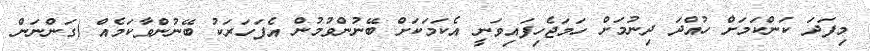
މިފަދަ ކަންކަމަށް ހުއްދަ ދިނުމަށް ހަމަޖެހިފައިވަނީ އެކަމަކަށް ބޭނުންވުމުން އެފަހަރަކު ބޭނުންވާކަމެއް (ގަންނަން